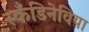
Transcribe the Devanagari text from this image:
स्कँडिनेविया